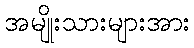
အမျိုးသားများအား